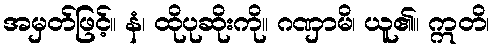
အမှတ်ဖြင့်။ နံ၊ ထိုပုဆိုးကို။ ဂဏှာမိ၊ ယူ၏။ ဣတိ၊